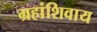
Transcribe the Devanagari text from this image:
ग्रहांशिवाय